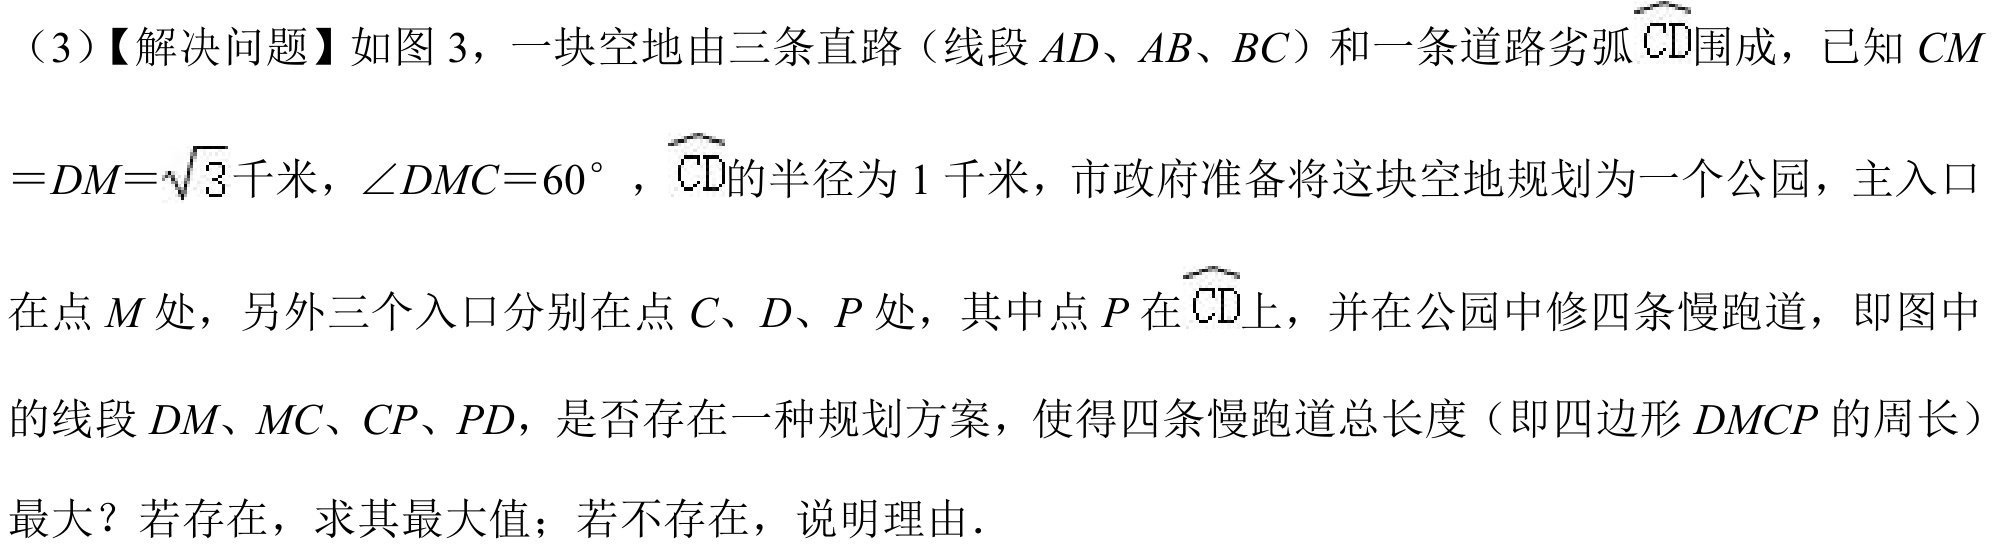
（3）【解决问题】如图 3，一块空地由三条直路（线段 \(AD、AB、BC\)）和一条道路劣弧 \(\overset{\frown}{CD}\)围成，已知 \(CM\)
\(=DM = \sqrt{3}\)千米，\(\angle DMC = 60^{\circ}\)，\(\overset{\frown}{CD}\)的半径为 \(1\) 千米，市政府准备将这块空地规划为一个公园，主入口
在点 \(M\) 处，另外三个入口分别在点 \(C、D、P\) 处，其中点 \(P\) 在 \(\overset{\frown}{CD}\)上，并在公园中修四条慢跑道，即图中
的线段 \(DM、MC、CP、PD\)，是否存在一种规划方案，使得四条慢跑道总长度（即四边形 \(DMCP\) 的周长）
最大？若存在，求其最大值；若不存在，说明理由．